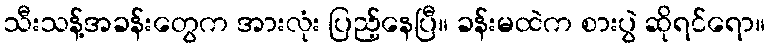
သီးသန့်အခန်းတွေက အားလုံး ပြည့်နေပြီ။ ခန်းမထဲက စားပွဲ ဆိုရင်ရော။